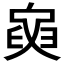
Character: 𦥺